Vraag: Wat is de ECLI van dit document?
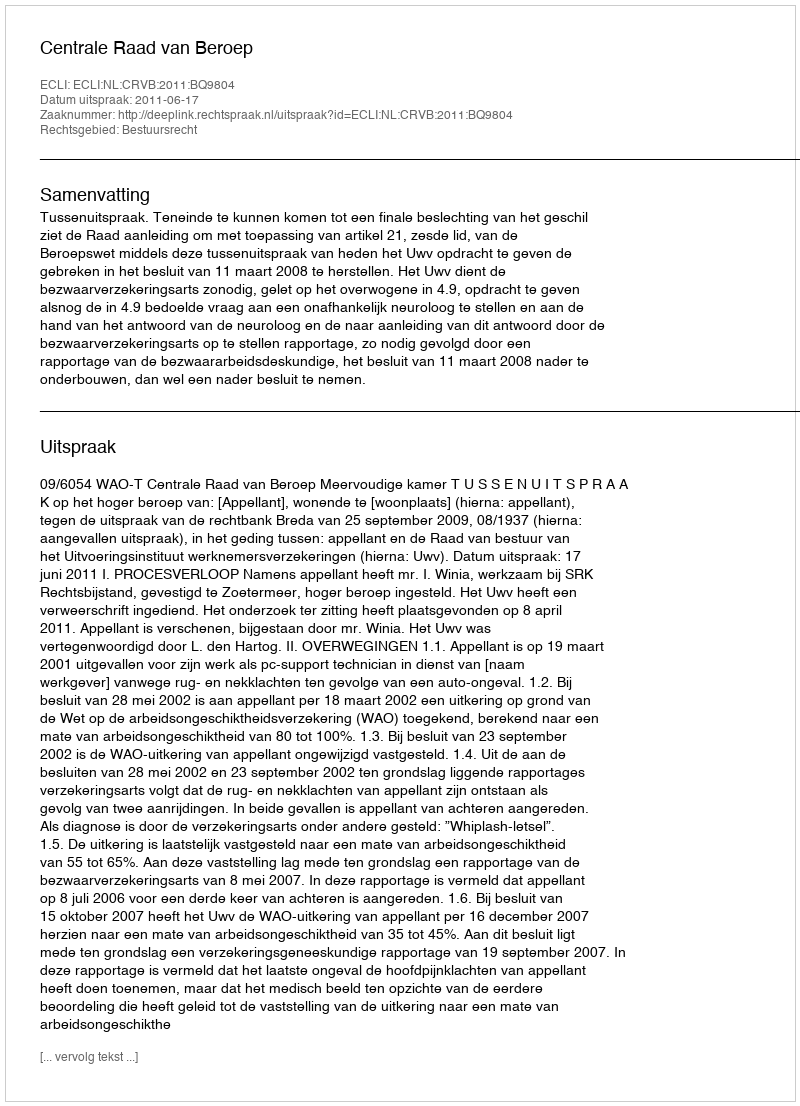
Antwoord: ECLI:NL:CRVB:2011:BQ9804